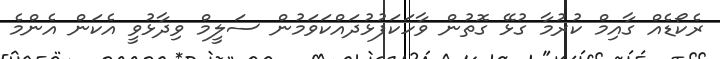
ރެކޯޑެއް ގާއިމް ކުރުމާ ގުޅޭ ގޮތުން ވާހަކަފުޅުދައްކަވަމުން ސަލީމް ވިދާޅުވީ އެކަން އެންމެ